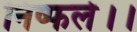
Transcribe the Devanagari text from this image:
निष्फले।।